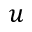
u